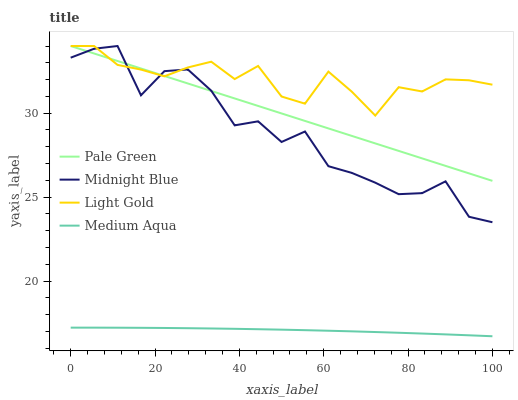
| xaxis_label | Pale Green | Midnight Blue | Light Gold | Medium Aqua |
 | --- | --- | --- | --- | --- |
 | 0 | 34 | 33.3 | 34 | 17.2 |
 | 5.56 | 33.6 | 33.8 | 34 | 17.2 |
 | 11.1 | 33.1 | 34 | 32.9 | 17.2 |
 | 16.7 | 32.7 | 31.1 | 32.6 | 17.2 |
 | 22.2 | 32.2 | 32.5 | 32.2 | 17.2 |
 | 27.8 | 31.8 | 32.6 | 32.7 | 17.2 |
 | 33.3 | 31.3 | 31.3 | 33.1 | 17.2 |
 | 38.9 | 30.9 | 29.3 | 32 | 17.2 |
 | 44.4 | 30.4 | 29.5 | 32.8 | 17.1 |
 | 50 | 30 | 28.3 | 31 | 17.1 |
 | 55.6 | 29.5 | 28.9 | 30.6 | 17.1 |
 | 61.1 | 29.1 | 26.8 | 32.5 | 17 |
 | 66.7 | 28.6 | 26.4 | 31.3 | 17 |
 | 72.2 | 28.2 | 25.9 | 29.9 | 17 |
 | 77.8 | 27.8 | 25.2 | 31.5 | 16.9 |
 | 83.3 | 27.3 | 25.2 | 31.3 | 16.9 |
 | 88.9 | 26.9 | 25.9 | 32 | 16.8 |
 | 94.4 | 26.4 | 23.8 | 32 | 16.8 |
 | 100 | 26 | 23.5 | 31.7 | 16.7 |